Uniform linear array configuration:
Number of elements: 12
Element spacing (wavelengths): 0.5
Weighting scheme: blackman
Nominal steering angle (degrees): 0
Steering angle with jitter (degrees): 1.239
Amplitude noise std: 0.05
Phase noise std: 0.05

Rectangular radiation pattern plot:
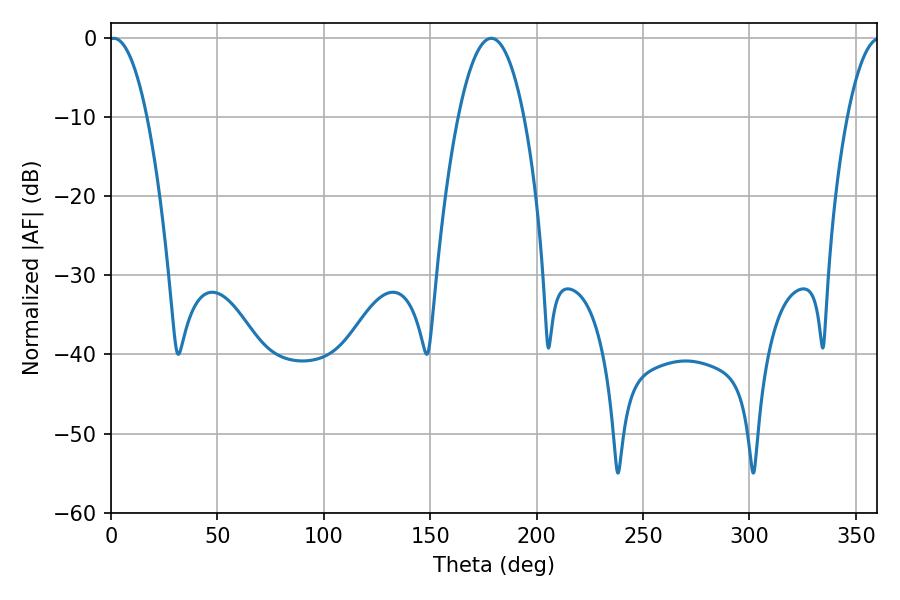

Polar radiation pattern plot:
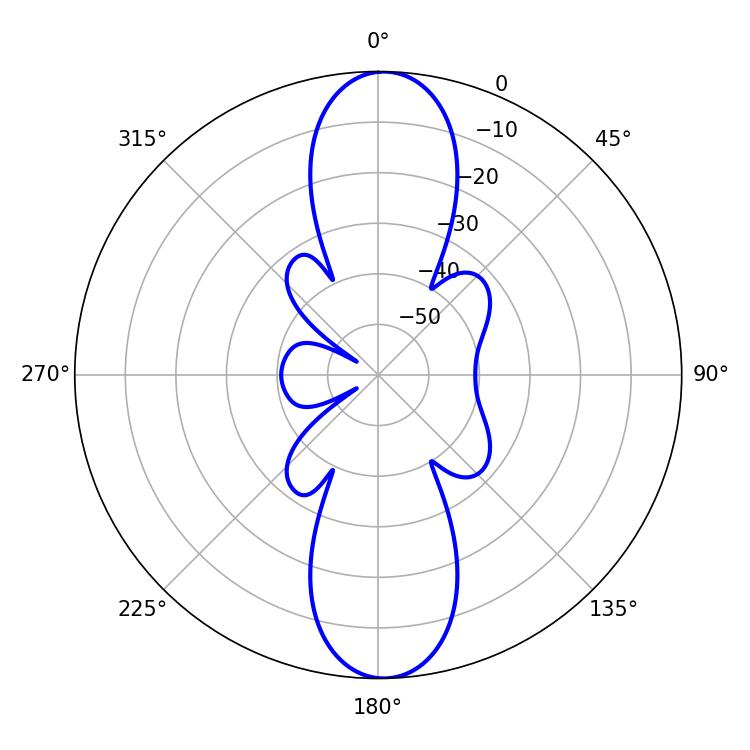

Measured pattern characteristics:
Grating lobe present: FALSE
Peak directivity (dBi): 21.091
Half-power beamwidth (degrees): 9.9
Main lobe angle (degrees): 1.26